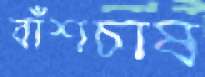
বাঁশচাষ